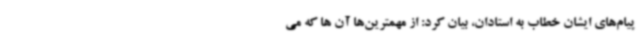
پیام‌های ایشان خطاب به استادان، بیان کرد: از مهمترین‌ها آن ها که می